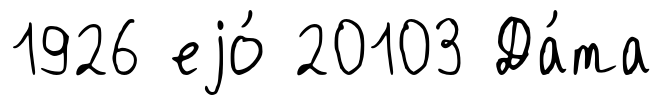
1926 еjо́ 20103 Да́та